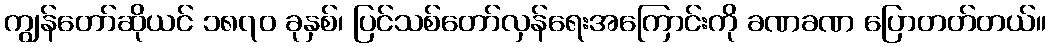
ကျွန်တော်ဆိုယင် ၁၈၇၀ ခုနှစ်၊ ပြင်သစ်တော်လှန်ရေးအကြောင်းကို ခဏခဏ ပြောတတ်တယ်။